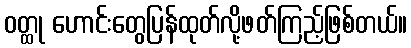
ဝတ္ထု ဟောင်းတွေပြန်ထုတ်လို့ဖတ်ကြည့်ဖြစ်တယ်။